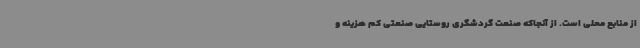
از منابع محلی است. از آنجاکه صنعت گردشگری روستایی صنعتی کم هزینه و